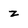
Character: z